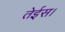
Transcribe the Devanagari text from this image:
तेईस।